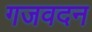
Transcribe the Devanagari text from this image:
गजवदन